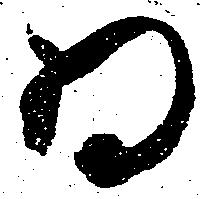
為